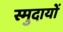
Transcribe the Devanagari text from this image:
स्मुदायों